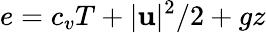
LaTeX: e=c_{v}T+|\mathbf u|^{2}/2+gz